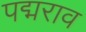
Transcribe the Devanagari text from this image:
पद्मराव